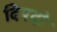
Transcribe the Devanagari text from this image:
दिएदो